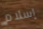
إسلام